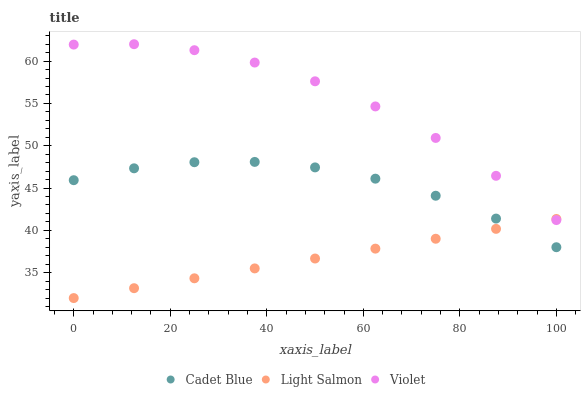
| xaxis_label | Cadet Blue | Light Salmon | Violet |
 | --- | --- | --- | --- |
 | 0 | 45.9 | 32 | 62 |
 | 12.5 | 47.3 | 33.2 | 62 |
 | 25 | 48.1 | 34.3 | 61.3 |
 | 37.5 | 48.1 | 35.5 | 59.8 |
 | 50 | 47.4 | 36.7 | 57.6 |
 | 62.5 | 46.1 | 37.8 | 54.6 |
 | 75 | 44.1 | 39 | 50.9 |
 | 87.5 | 41.4 | 40.2 | 46.4 |
 | 100 | 38 | 41.3 | 41.2 |